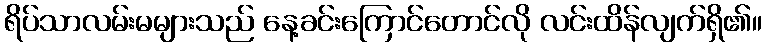
ရိပ်သာလမ်းမများသည် နေ့ခင်းကြောင်တောင်လို လင်းထိန်လျက်ရှိ၏။